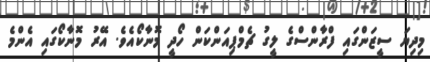
މިދިޔަ ސީޒަންގައި ފްރާންސްގެ ލީގު ޗެމްޕިއަންކަން ހޯދީ މޮނާކޯއެވެ. އޭރު މޮނާކޯގައި އެންމެ